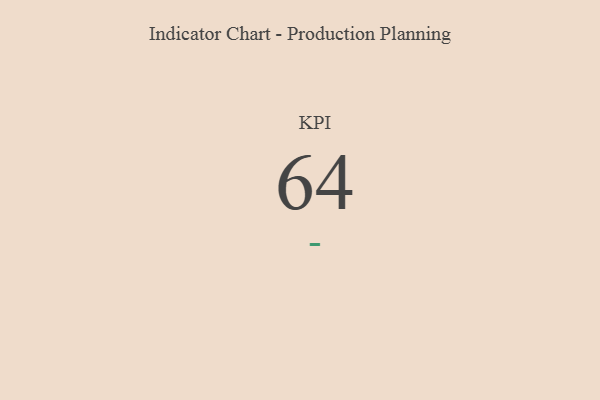
{"axis": {"x": "KPI", "y": "Value"}, "legend": [""], "data": [{"x": "KPI", "y": 64, "type": ""}]}